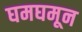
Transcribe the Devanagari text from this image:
घमघमून